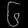
Digit: ၆